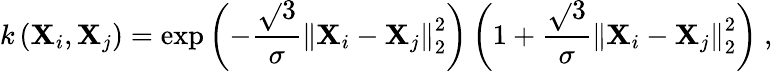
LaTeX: k\left(\boldsymbol{\mathbf{X}}_{i},\boldsymbol{\mathbf{X}}_{j}\right)=\exp{\left(-\frac{{\sqrt{}{{3}}}}{{\sigma}}\left\lVert\boldsymbol{\mathbf{X}}_{i}-\boldsymbol{\mathbf{X}}_{j}\right\rVert_{2}^{2}\right)}\left(1+\frac{{\sqrt{}{{3}}}}{{\sigma}}\left\lVert\boldsymbol{\mathbf{X}}_{i}-\boldsymbol{\mathbf{X}}_{j}\right\rVert_{2}^{2}\right)~,